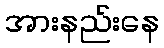
အားနည်းနေ